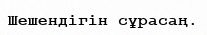
Шешендігін сұрасаң.